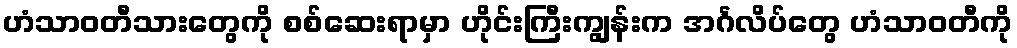
ဟံသာဝတီသားတွေကို စစ်ဆေးရာမှာ ဟိုင်းကြီးကျွန်းက အင်္ဂလိပ်တွေ ဟံသာဝတီကို